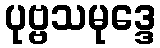
ပုဗ္ဗသမုဒ္ဒေ